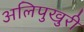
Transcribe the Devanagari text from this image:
अलिपुखुरी